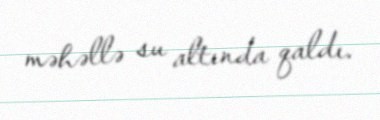
məhəllə su altında qaldı.